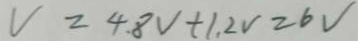
V = 4 . 8 V + 1 . 2 V = 6 V